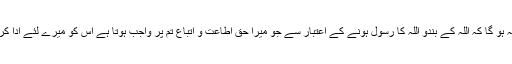
سو اس صورت میں مطلب یہ ہو گا کہ اللہ کے بندو اللہ کا رسول ہونے کے اعتبار سے جو میرا حقِّ اطاعت و اِتباع تم پر واجب ہوتا ہے اس کو میرے لئے ادا کرو کہ یہ میرا حقِّ واجب ہے۔